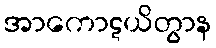
အာကောဋယိတွာန